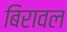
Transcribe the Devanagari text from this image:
बिरावल